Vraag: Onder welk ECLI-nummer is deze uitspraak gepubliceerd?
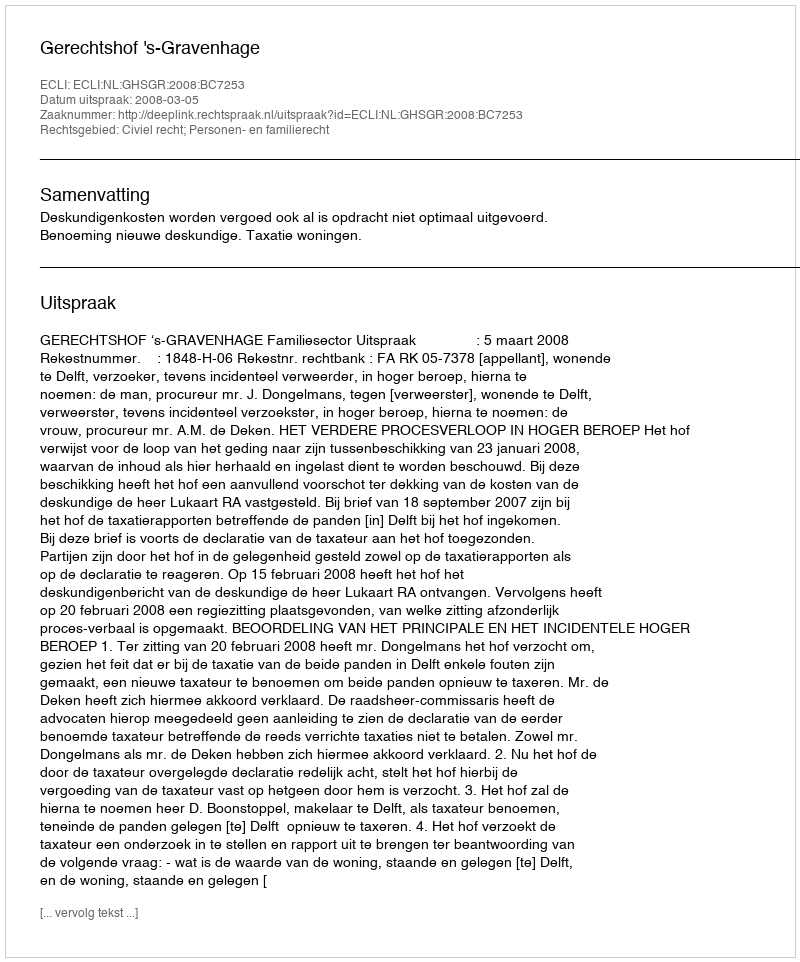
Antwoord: ECLI:NL:GHSGR:2008:BC7253